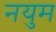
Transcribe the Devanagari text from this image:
नयुम